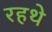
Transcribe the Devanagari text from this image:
रहथे